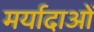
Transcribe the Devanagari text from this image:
मर्यादाआें